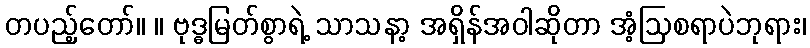
တပည့်တော်။ ။ ဗုဒ္ဓမြတ်စွာရဲ့ သာသနာ့ အရှိန်အဝါဆိုတာ အံ့ဩစရာပဲဘုရား၊